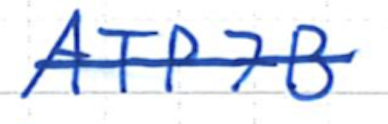
Text: ATP7B
Cross-out: single-line
Writing tool: ballpoint